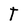
Character: T